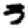
Digit: 3